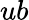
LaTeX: ub